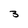
Character: 3